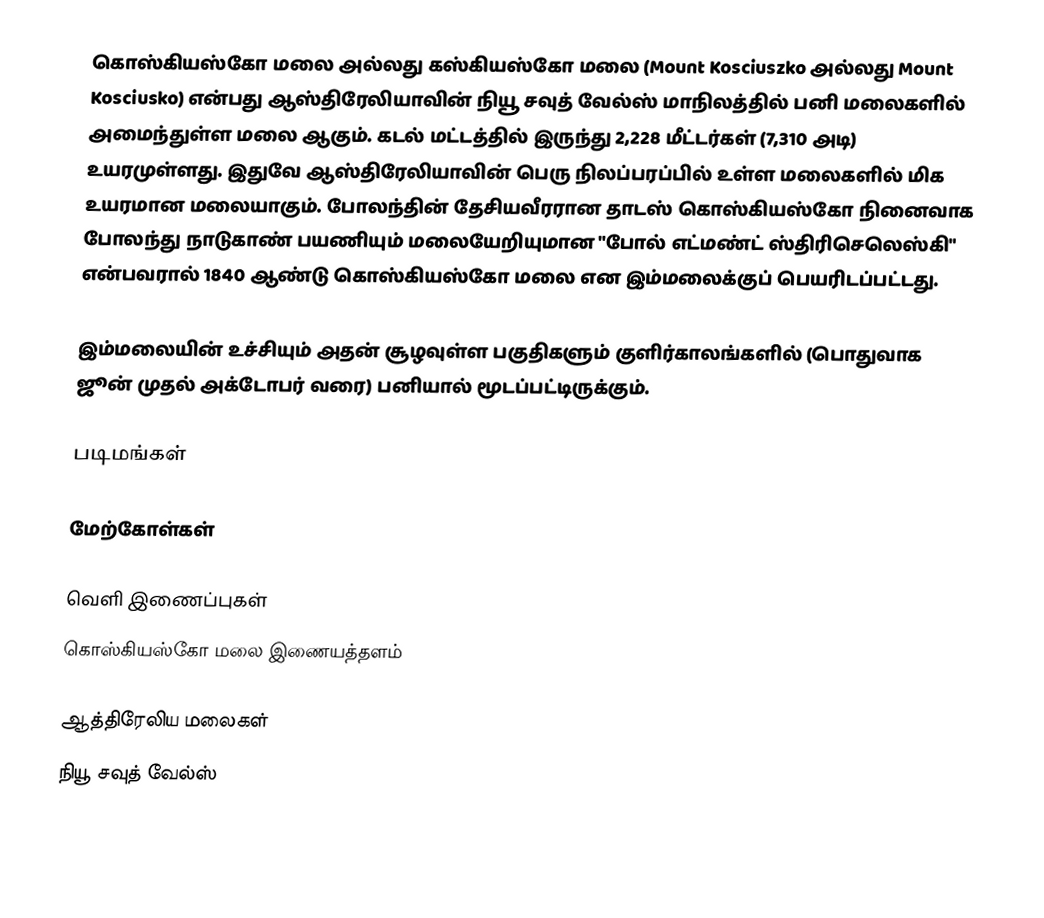
கொஸ்கியஸ்கோ மலை அல்லது கஸ்கியஸ்கோ மலை (Mount Kosciuszko அல்லது Mount Kosciusko) என்பது ஆஸ்திரேலியாவின் நியூ சவுத் வேல்ஸ் மாநிலத்தில் பனி மலைகளில் அமைந்துள்ள மலை ஆகும். கடல் மட்டத்தில் இருந்து 2,228 மீட்டர்கள் (7,310 அடி) உயரமுள்ளது. இதுவே ஆஸ்திரேலியாவின் பெரு நிலப்பரப்பில் உள்ள மலைகளில் மிக உயரமான மலையாகும். போலந்தின் தேசியவீரரான தாடஸ் கொஸ்கியஸ்கோ நினைவாக போலந்து நாடுகாண் பயணியும் மலையேறியுமான "போல் எட்மண்ட் ஸ்திரிசெலெஸ்கி" என்பவரால் 1840 ஆண்டு கொஸ்கியஸ்கோ மலை என இம்மலைக்குப் பெயரிடப்பட்டது.

இம்மலையின் உச்சியும் அதன் சூழவுள்ள பகுதிகளும் குளிர்காலங்களில் (பொதுவாக ஜூன் முதல் அக்டோபர் வரை) பனியால் மூடப்பட்டிருக்கும்.

படிமங்கள்

மேற்கோள்கள்

வெளி இணைப்புகள்
 கொஸ்கியஸ்கோ மலை இணையத்தளம்

ஆத்திரேலிய மலைகள்
நியூ சவுத் வேல்ஸ்